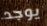
يوجد